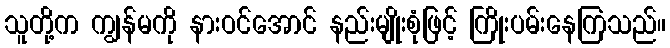
သူတို့က ကျွန်မကို နားဝင်အောင် နည်းမျိုးစုံဖြင့် ကြိုးပမ်းနေကြသည်။